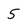
Character: 5